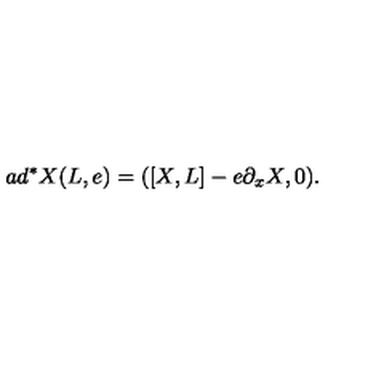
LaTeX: a d ^ { * } X ( L , e ) = ( \left[ X , L \right] - e \partial _ { x } X , 0 ) .